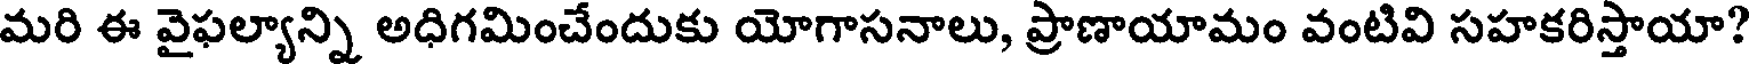
మరి ఈ వైఫల్యాన్ని అధిగమించేందుకు యోగాసనాలు, ప్రాణాయామం వంటివి సహకరిస్తాయా?